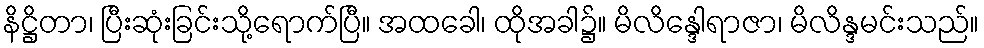
နိဋ္ဌိတာ၊ ပြီးဆုံးခြင်းသို့ရောက်ပြီ။ အထခေါ၊ ထိုအခါ၌။ မိလိန္ဒေါရာဇာ၊ မိလိန္ဒမင်းသည်။